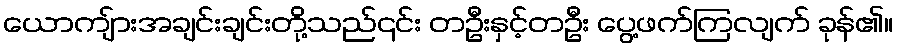
ယောကျ်ားအချင်းချင်းတို့သည်၎င်း တဦးနှင့်တဦး ပွေ့ဖက်ကြလျက် ခုန်၏။